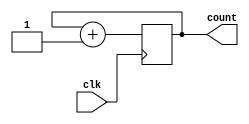


module counter(

    input             clk  ,
    output [15:0]     count 
);
reg [15:0] cnt = 0 ;

always @( posedge clk ) begin
    cnt <= cnt + 1 ;
end

assign count = cnt ;

endmodule